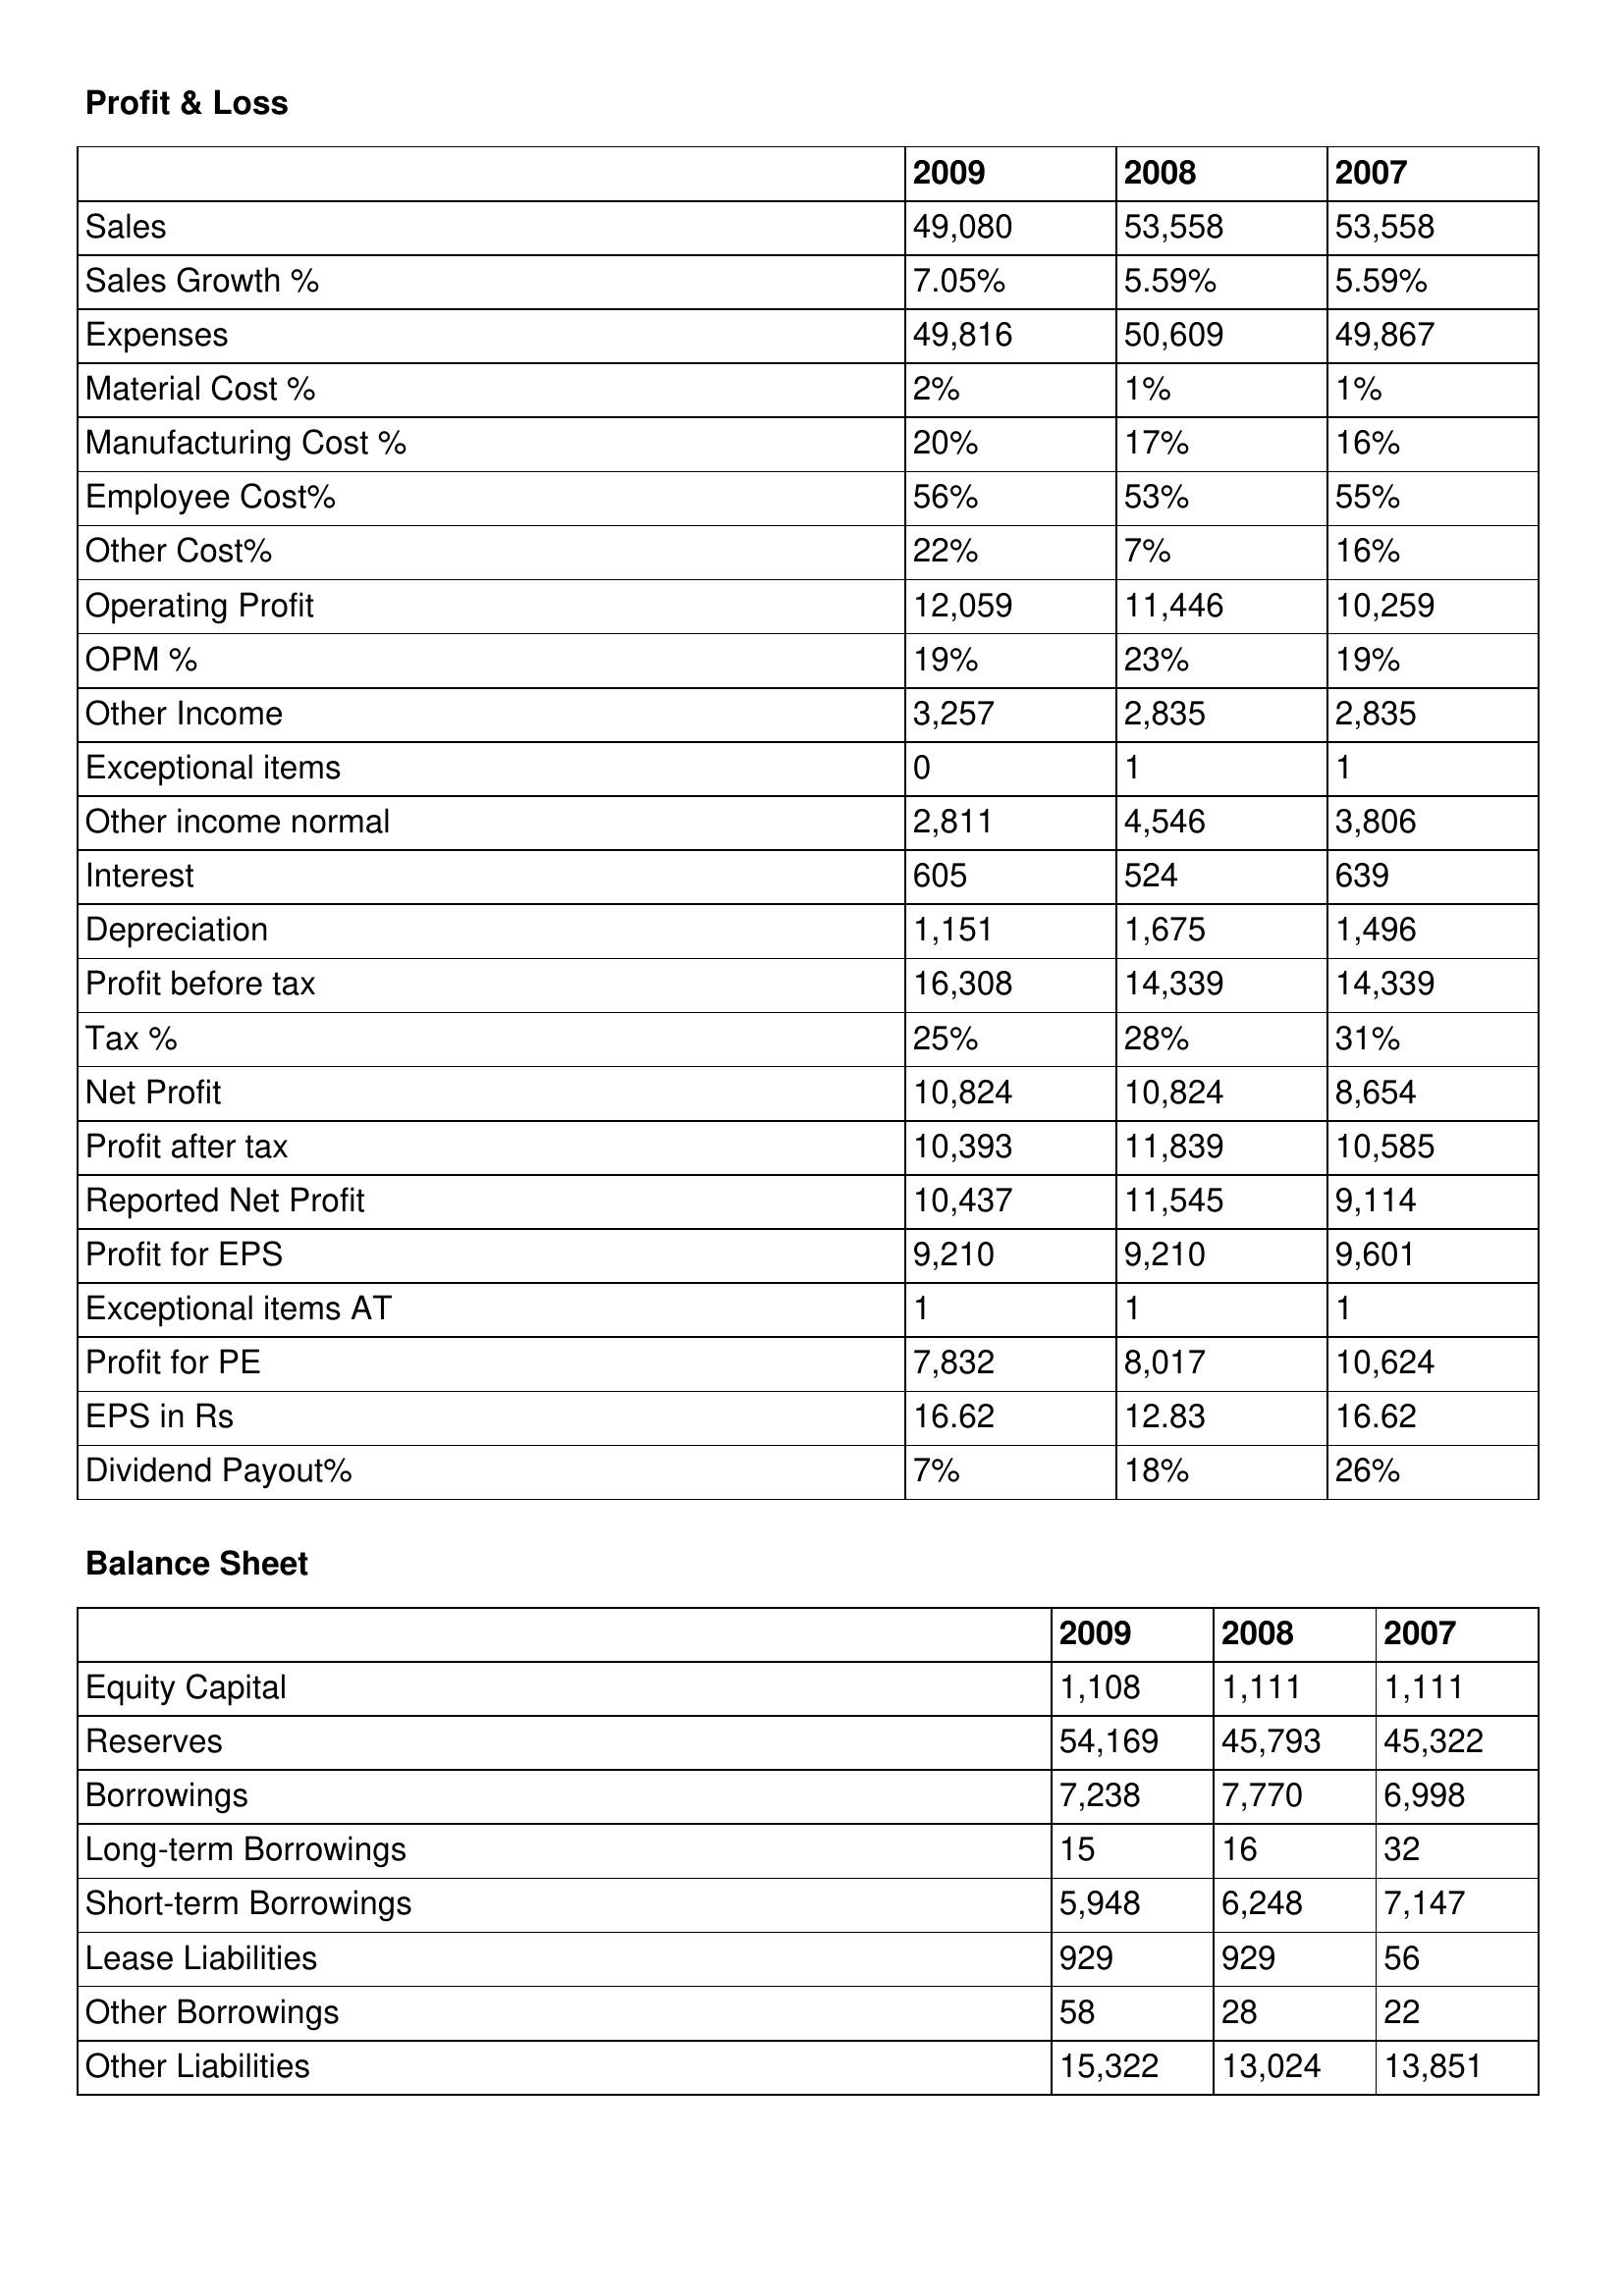
gt_parse: 2009: Profit & Loss: Sales: 49,080
Sales Growth %: 7.05%
Expenses: 49,816
Material Cost %: 2%
Manufacturing Cost %: 20%
Employee Cost%: 56%
Other Cost%: 22%
Operating Profit: 12,059
OPM %: 19%
Other Income: 3,257
Exceptional items: 0
Other income normal: 2,811
Interest: 605
Depreciation: 1,151
Profit before tax: 16,308
Tax %: 25%
Net Profit: 10,824
Profit after tax: 10,393
Reported Net Profit: 10,437
Profit for EPS: 9,210
Exceptional items AT: 1
Profit for PE: 7,832
EPS in Rs: 16.62
Dividend Payout%: 7%
Balance Sheet: Equity Capital: 1,108
Reserves: 54,169
Borrowings: 7,238
Long-term Borrowings: 15
Short-term Borrowings: 5,948
Lease Liabilities: 929
Other Borrowings: 58
Other Liabilities: 15,322
2008: Profit & Loss: Sales: 53,558
Sales Growth %: 5.59%
Expenses: 50,609
Material Cost %: 1%
Manufacturing Cost %: 17%
Employee Cost%: 53%
Other Cost%: 7%
Operating Profit: 11,446
OPM %: 23%
Other Income: 2,835
Exceptional items: 1
Other income normal: 4,546
Interest: 524
Depreciation: 1,675
Profit before tax: 14,339
Tax %: 28%
Net Profit: 10,824
Profit after tax: 11,839
Reported Net Profit: 11,545
Profit for EPS: 9,210
Exceptional items AT: 1
Profit for PE: 8,017
EPS in Rs: 12.83
Dividend Payout%: 18%
Balance Sheet: Equity Capital: 1,111
Reserves: 45,793
Borrowings: 7,770
Long-term Borrowings: 16
Short-term Borrowings: 6,248
Lease Liabilities: 929
Other Borrowings: 28
Other Liabilities: 13,024
2007: Profit & Loss: Sales: 53,558
Sales Growth %: 5.59%
Expenses: 49,867
Material Cost %: 1%
Manufacturing Cost %: 16%
Employee Cost%: 55%
Other Cost%: 16%
Operating Profit: 10,259
OPM %: 19%
Other Income: 2,835
Exceptional items: 1
Other income normal: 3,806
Interest: 639
Depreciation: 1,496
Profit before tax: 14,339
Tax %: 31%
Net Profit: 8,654
Profit after tax: 10,585
Reported Net Profit: 9,114
Profit for EPS: 9,601
Exceptional items AT: 1
Profit for PE: 10,624
EPS in Rs: 16.62
Dividend Payout%: 26%
Balance Sheet: Equity Capital: 1,111
Reserves: 45,322
Borrowings: 6,998
Long-term Borrowings: 32
Short-term Borrowings: 7,147
Lease Liabilities: 56
Other Borrowings: 22
Other Liabilities: 13,851